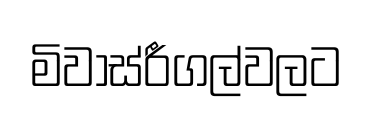
මිවාස්රීගල්වලට